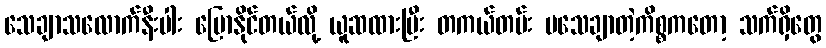
သေချာသလောက်နီးပါး ပြောနိုင်တယ်လို့ ယူဆထားပြီး တကယ်တမ်း မသေချာတဲ့ကိစ္စကတော့ သက်ရှိတွေ